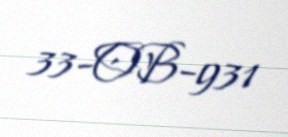
33-OB-931